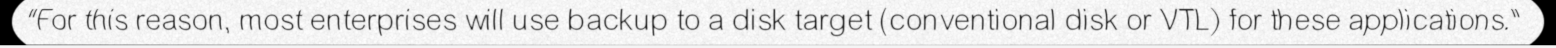
"For this reason, most enterprises will use backup to a disk target (conventional disk or VTL) for these applications."